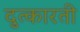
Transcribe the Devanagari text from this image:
दुत्कारती